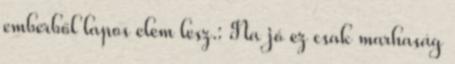
emberből lapos elem lesz.: Na jó ez csak marhaság